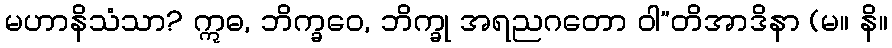
မဟာနိသံသာ? ဣဓ, ဘိက္ခဝေ, ဘိက္ခု အရညဂတော ဝါ”တိအာဒိနာ (မ။ နိ။